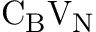
\mathrm { C } _ { \mathrm { B } } \mathrm { V } _ { \mathrm { N } }